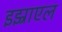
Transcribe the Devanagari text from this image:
इझ्राएल